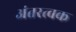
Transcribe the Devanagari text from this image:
अंतरत्वक